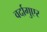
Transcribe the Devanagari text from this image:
वर्दागुएर